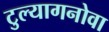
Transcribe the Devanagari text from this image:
टुल्यागनोवा